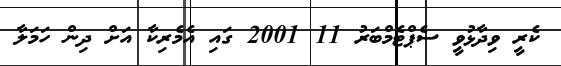
ކެރީ ވިދާޅުވީ ސެޕްޓެމްބަރު 11 2001 ގައި އެމެރިކާ އަށް ދިން ހަމަލާ